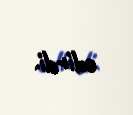
edirdi.